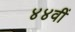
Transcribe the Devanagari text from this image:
४४वीं